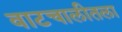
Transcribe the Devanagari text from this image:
वाटचालीतला